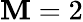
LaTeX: \mathbf{M}=2